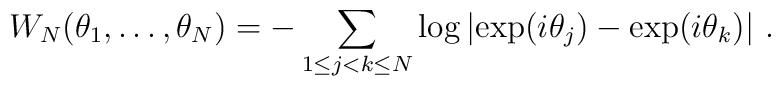
W_N(\theta_1,\ldots,\theta_N)=-\sum_{1\leq j<k\leq N} \log\left\vert \exp(i\theta_j)-\exp(i\theta_k)\right\vert\, .